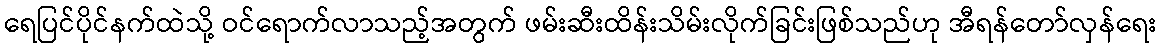
ရေပြင်ပိုင်နက်ထဲသို့ ဝင်ရောက်လာသည့်အတွက် ဖမ်းဆီးထိန်းသိမ်းလိုက်ခြင်းဖြစ်သည်ဟု အီရန်တော်လှန်ရေး